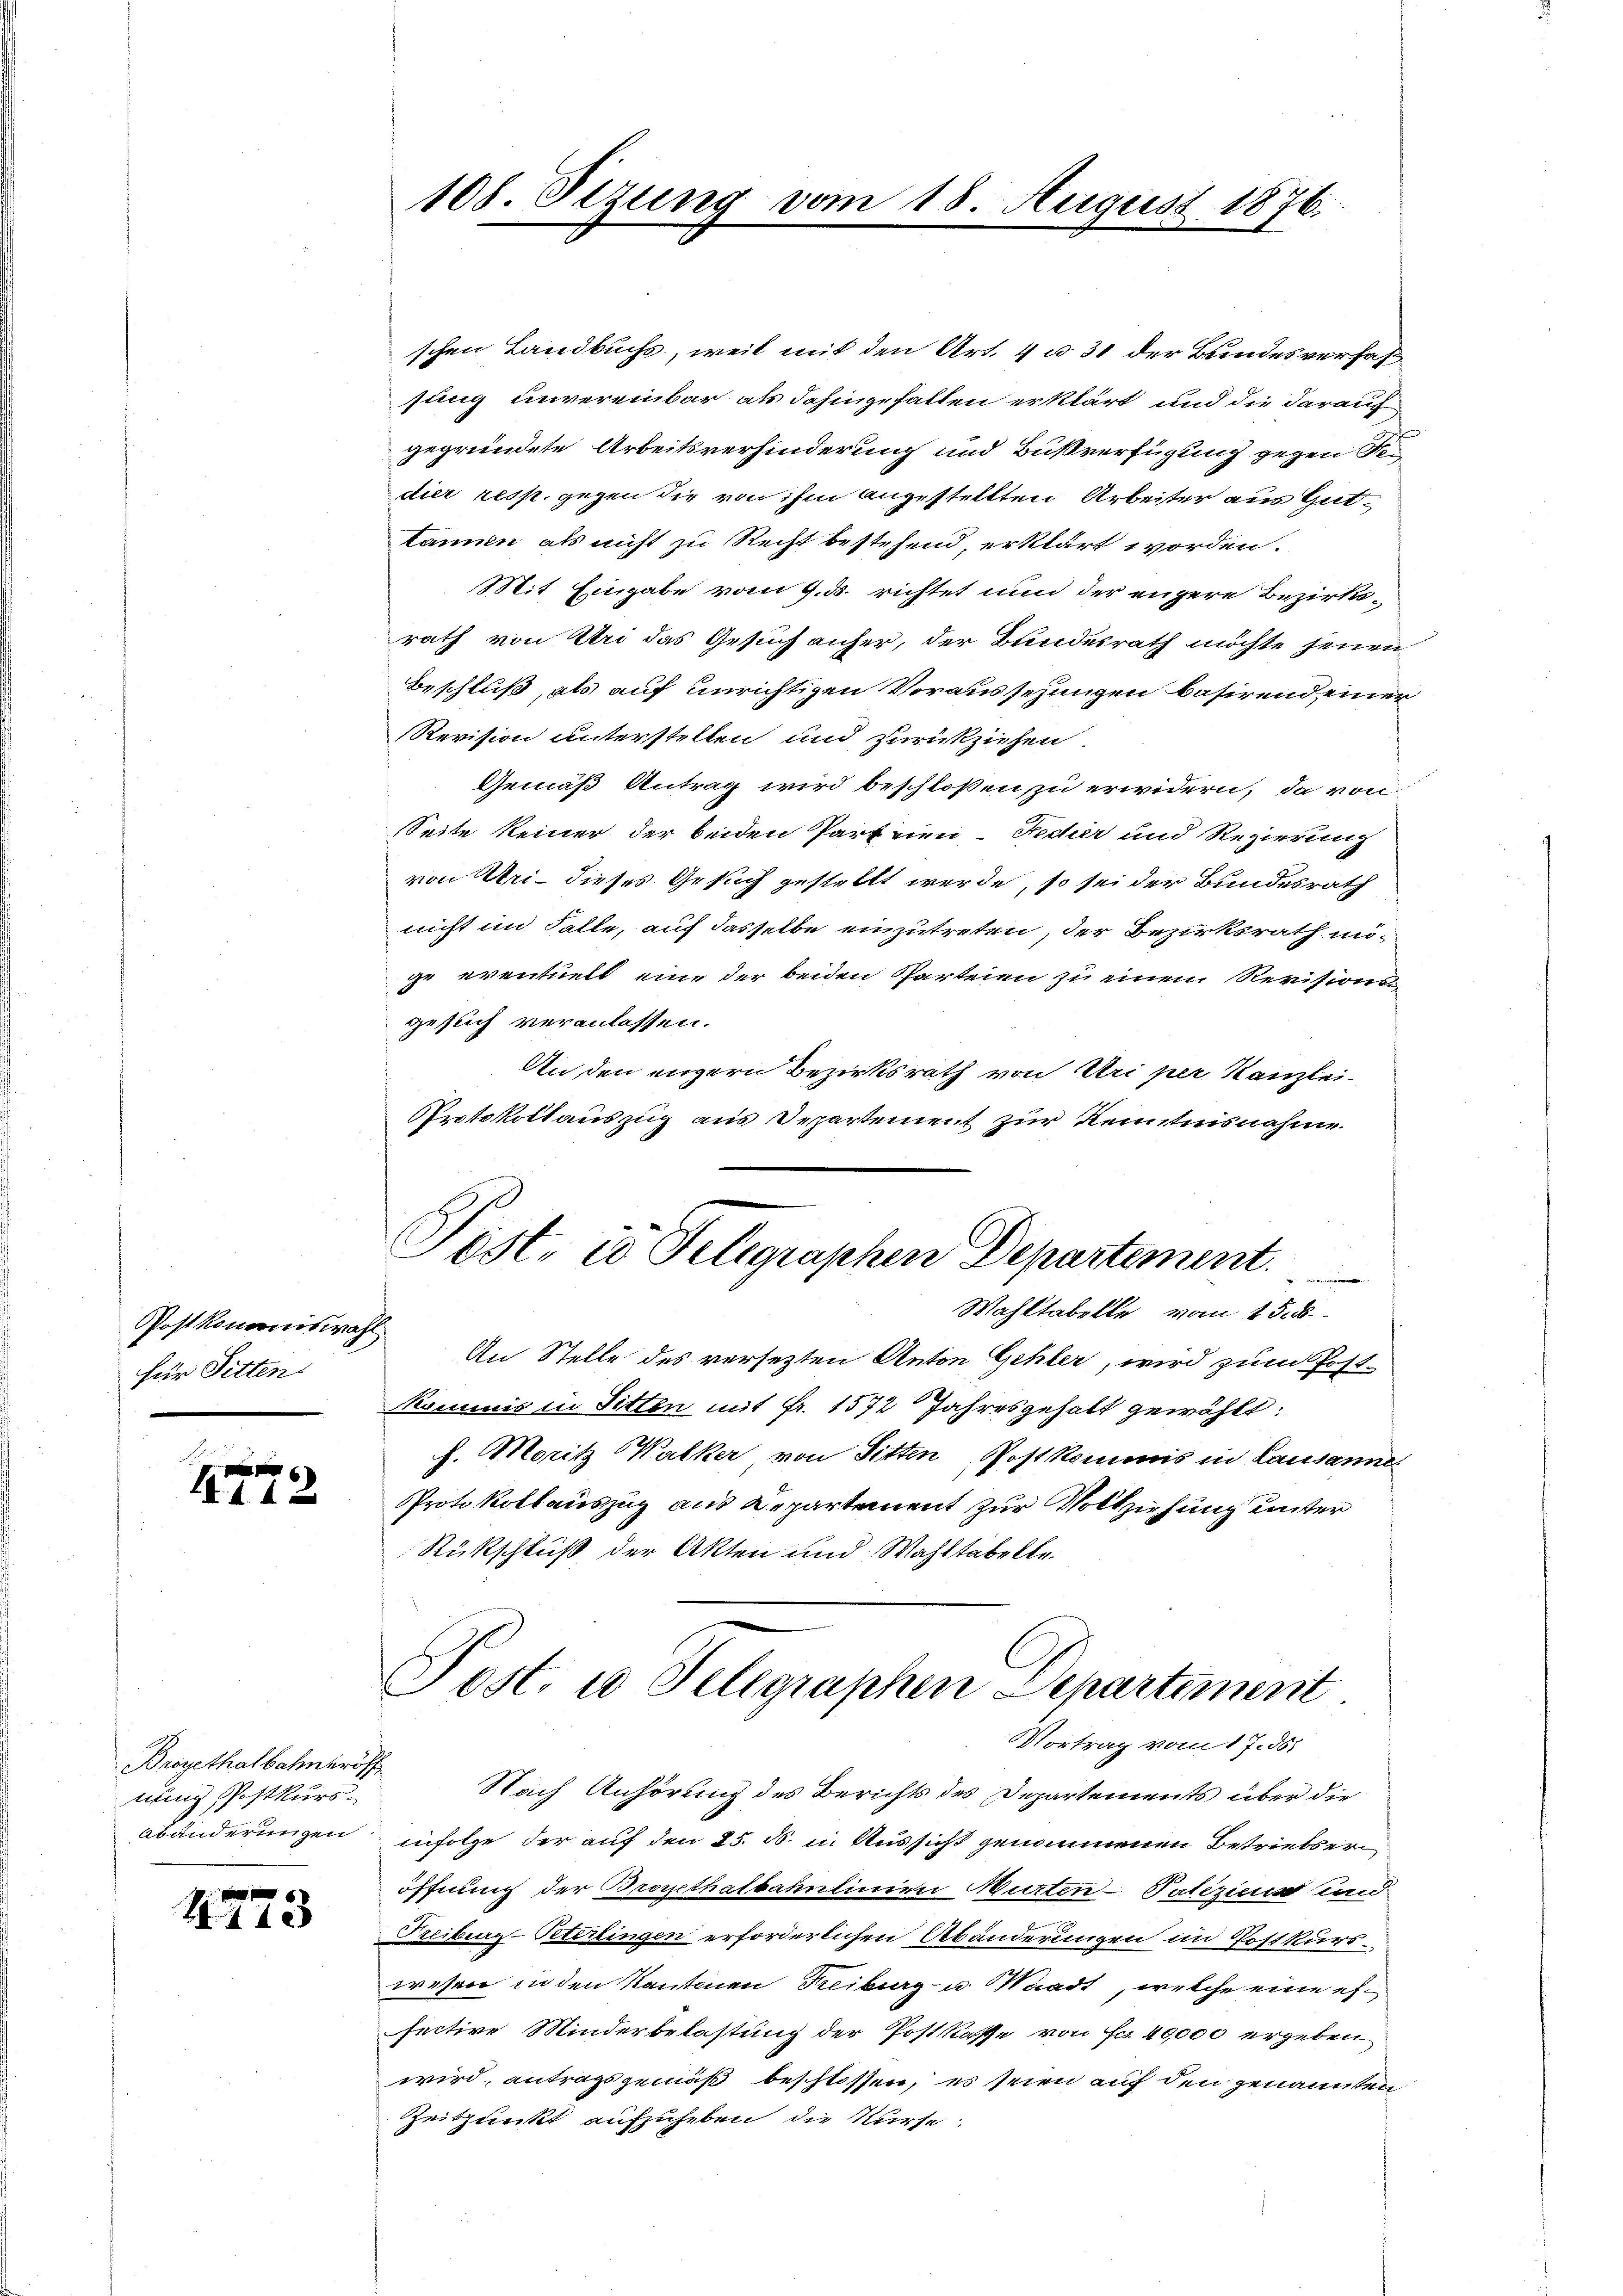
Postkommiswah
für Sitten

112

Broyethalbahnerös
nung Postkurs¬
Abänderungen.

4723

108. Sezung vom 18. August 1876.

schen Landbuchs, weil mit den Art. 4 u. 31 der Bundesverhaffung unvereinbar als dahingefallen erklärt und die darauf
gegründete Arbeitsverhinderung und Bußverfügung gegen Fedier resp. gegen die von ihm angestellten Arbeiter aus Gutkannen als nicht zu Recht bestehend, erklärt worden.
Mit Eingabe vom 9. d. richtet und der engere Bezirksrath von Uri das Gesuch anher, der Bundesrath möchte jenen
Beschluß, als auf unrichtigen Voraussezungen basirend einer
Revision unterstellen und zurückziehen.
Gemäß Antrag wird beschloßen zu erwidern, da von
Seite keiner der beiden Parteien-Fedier und Regierung
von Uri dieses Gesuch gestellt werde, so sei der Bundesrath
nicht im Falle, auf dasselbe einzutreten, der Bezirksrath möge eventuell eine der beiden Parteien zu einem Revisions
gesuch veranlassen.
An den engern Bezirksrath von Uri per Kanzlei-
Protokollauszug aus Departement zur Kenntnisnahme
Wahltabelle vom 15. d.
2.
An Stelle des versetzten Anton Gehler, wird zum Post¬
Kommis in Sitten mit Fr. 1572 Jahresgehalt gewählt:
h. Moritz WWalker von Sitten Postkommis in Lausanne
Protokollauszug aus Departement zur Vollziehung unter
Rückschluß der Akten und Wahlstabelle.
Post. u Selegraphen Departement
Vortrag vom 17. ds.
Nach Anhörung des Berichts des Departements über die
infolge der auf den 25. d. i. Aussicht genommenen Betriebser
öffnung der Bonethatbahnlinien Murten-Tatiziens und
Freiburg-Peterlingen erforderlichen Abänderungen im Postkurs-
wesen in den Kantonen Freiburg- u Waadt, welche eine ersective Minderbelastung der Postkasse von Fr. 40,000 ergeben
wird, antragsgemäß beschlossen, es seien auf den genannten
Zeitpunkt aufzuheben die Kurse

Pest in Telegraphen Departement.